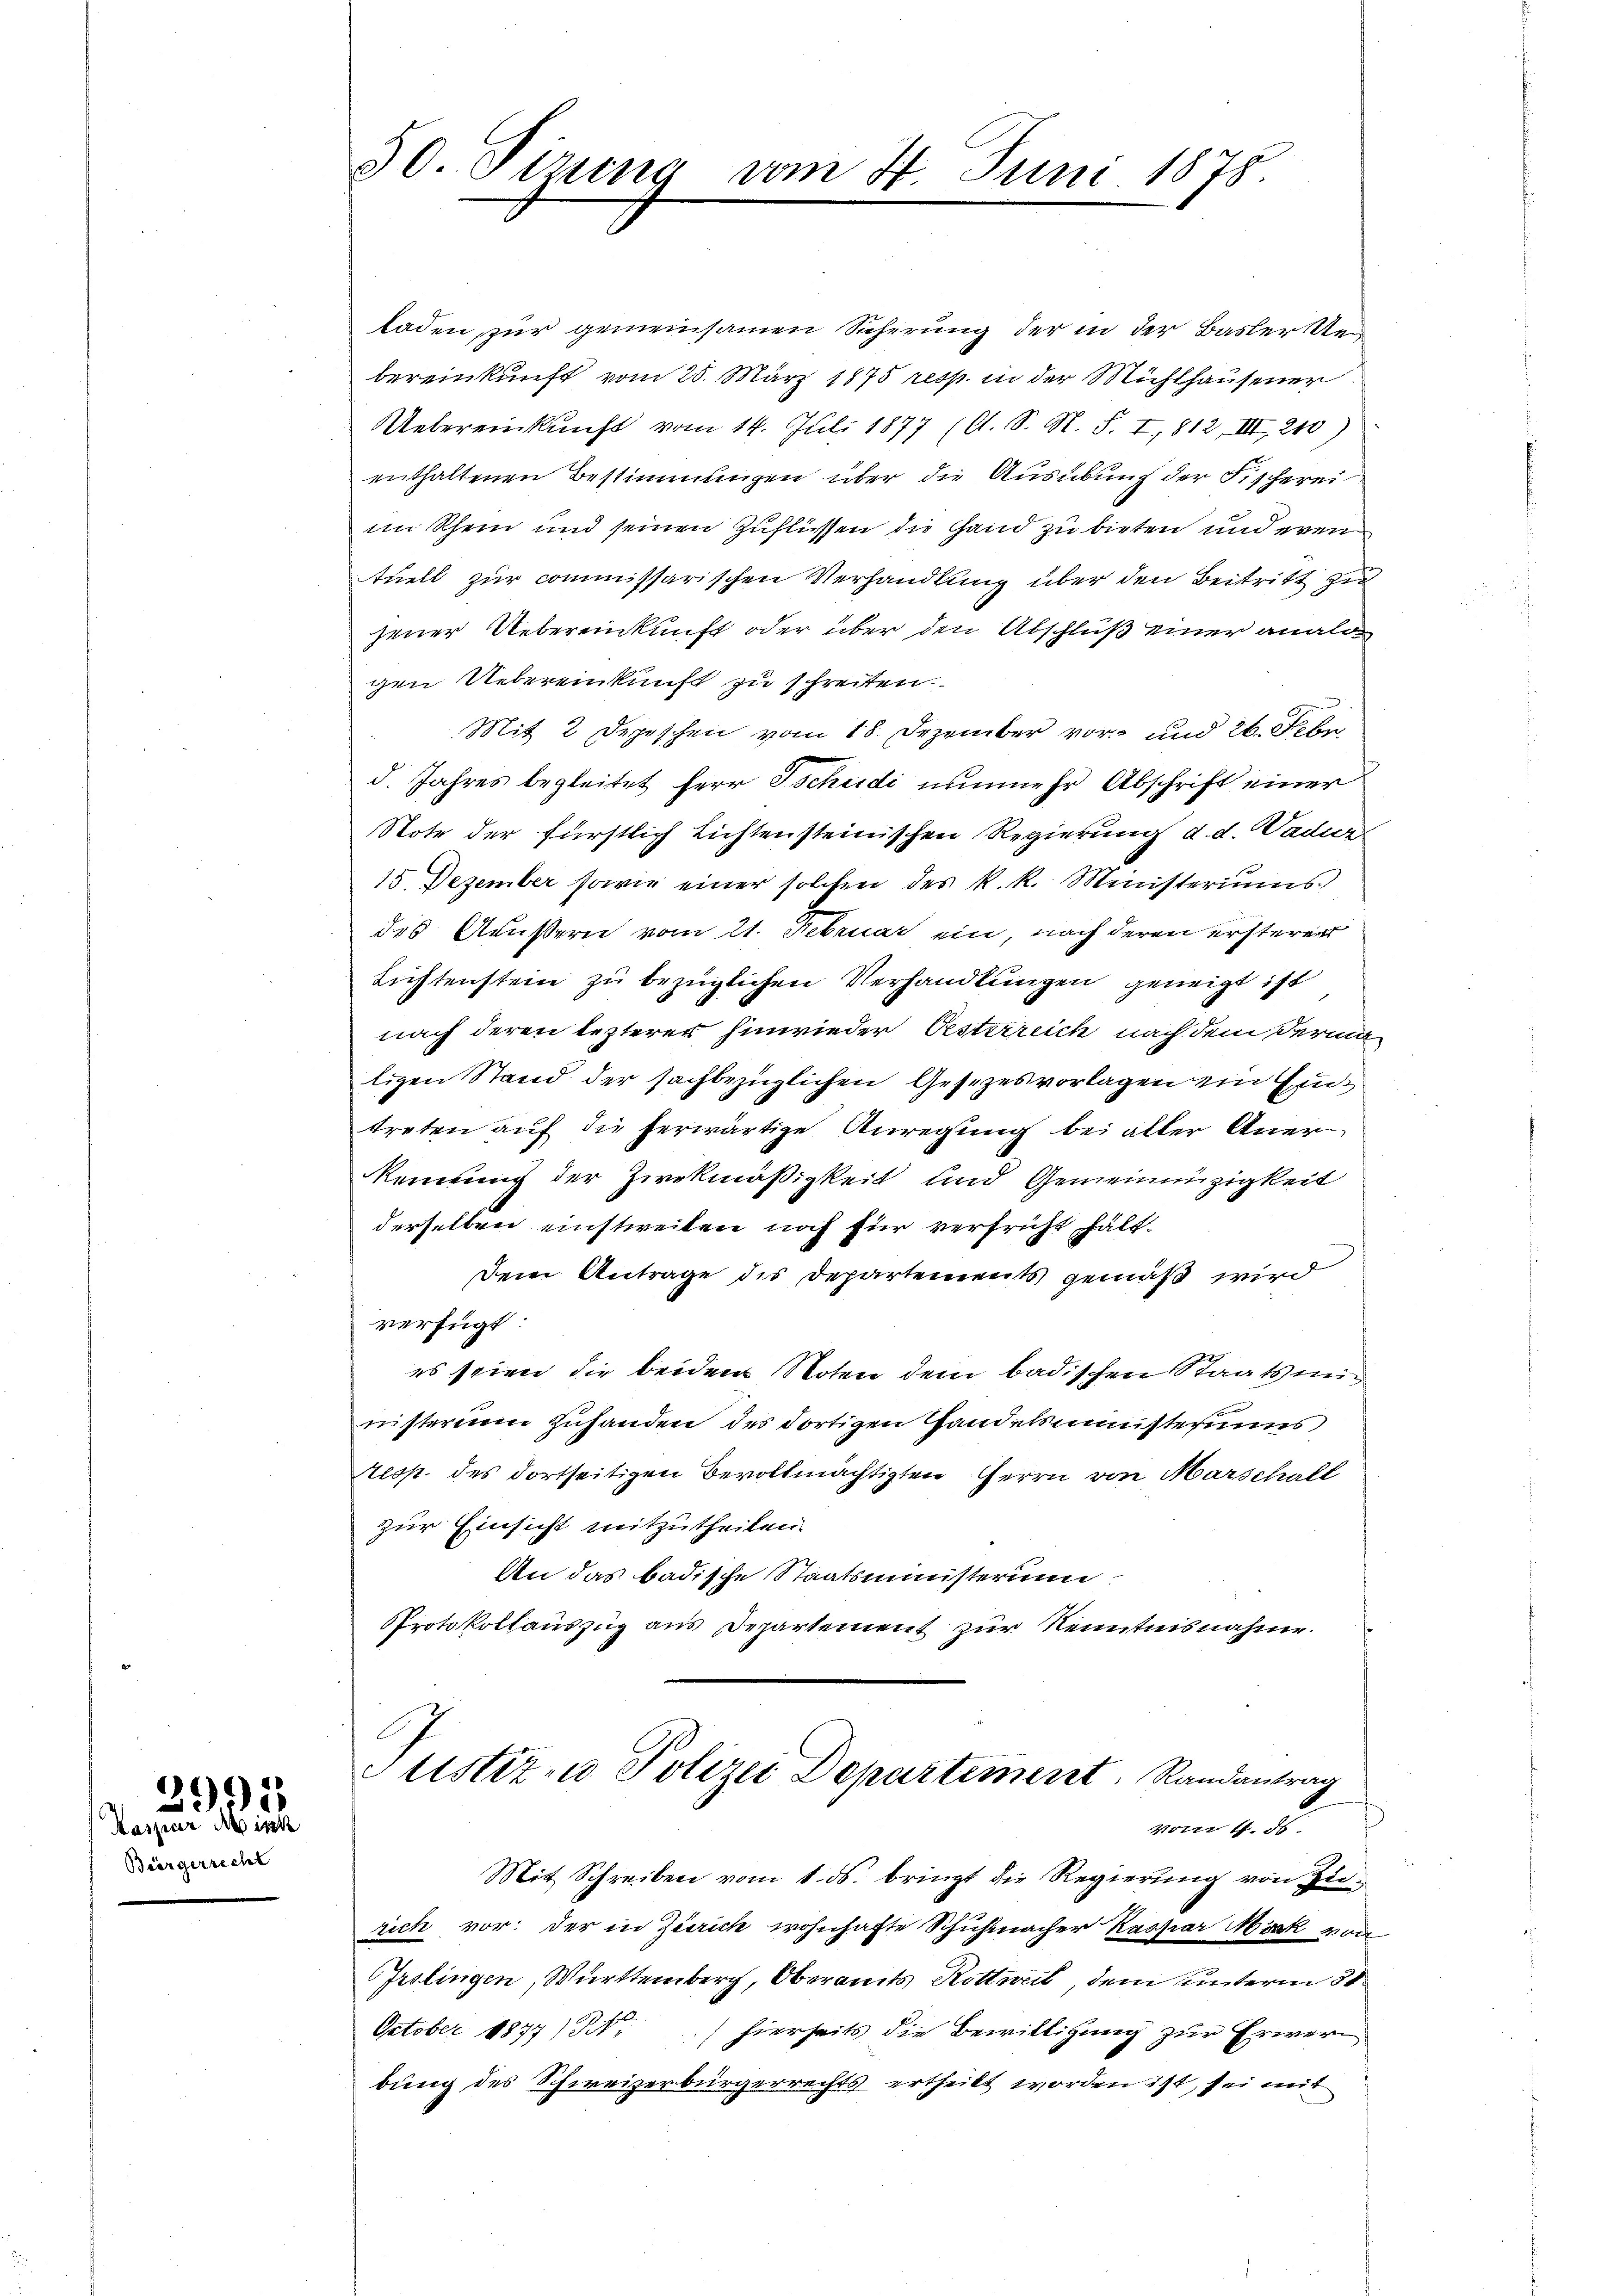
Bürgerrecht

3991
Kaspar Misch

50. Sizung vom 4. Juni 1875.

laden, zur gemeinsamen Sicherung der in der Baslerste
bereinkunft vom 25. März 1875 resp. in der Mühlhausener
Uebereinkunft vom 14. Juli 1877 (lt. S. N. S. I, 812, III, 210)
enthaltenen Bestimmungen über die Ausübung der Fischerei
im Rhein und seinen Zuflüssen die Hand zu bieten und even
tuell zur commissarischen Verhandlung über den Beitritt zu
jener Uebereinkunft oder über den Abschluß einer analo
gen Uebereinkunft zu schreiten.
Mit 2 Depeschen vom 18. Dezember vor- und 26. Febr.
d. Jahres begleitet. Herr Tschudi nunmehr Abschrift einer
Note der fürstlich Lichtensteinischen Regierung d. d. ader
15. Dezember sowie einer solchen des k. k. Ministeriums
des Außern vom 21. Februar ein, nach deren ersterer
Lichtenstein zu bezüglichen Verhandlungen geneigt ist
nach deren lezterer hinwieder Oesterreich nach dem Vermaligen Stand der sachbezüglichen Gesezesvorlagen ein Gud
treten auf die herwärtige Anregung bei aller Aner
Rennung der Zwekmäßigkeit und Gemeinenzigkeit
derselben einstweilen noch für verfrüht hält.
dem Antrage des Departement gemäß wird
verfügt:
es seien die beiden Noten dem badischen Staatsministerim Zuhanden des dortigen Handelsministeriums
Resp. des dortseitigen Bevollmächtigten Herrn von Marschall
zur Einsicht mitzutheilen.
An das badische Staatsministerium.
Protokollauszug aus Departement zur Kenntnisnahme.
A
Justiz- u Polizei Departement, Randantrag
vom 4. ds.
Mit Schreiben vom 1. ds. bringt die Regierung von Zurich vor: der in Zürich wohnhafte Schuhmacher Kassiar Möck von
Irslingen, Württemberg, Oberamts Rottweil, dem unterm 31.
10
October 1877/B,
 hierseits die Bewilligung zur Erwer
bung des Schweizerbürgerrechts ertheilt worden ist, sei mit